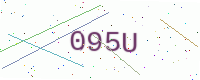
Text: 095U